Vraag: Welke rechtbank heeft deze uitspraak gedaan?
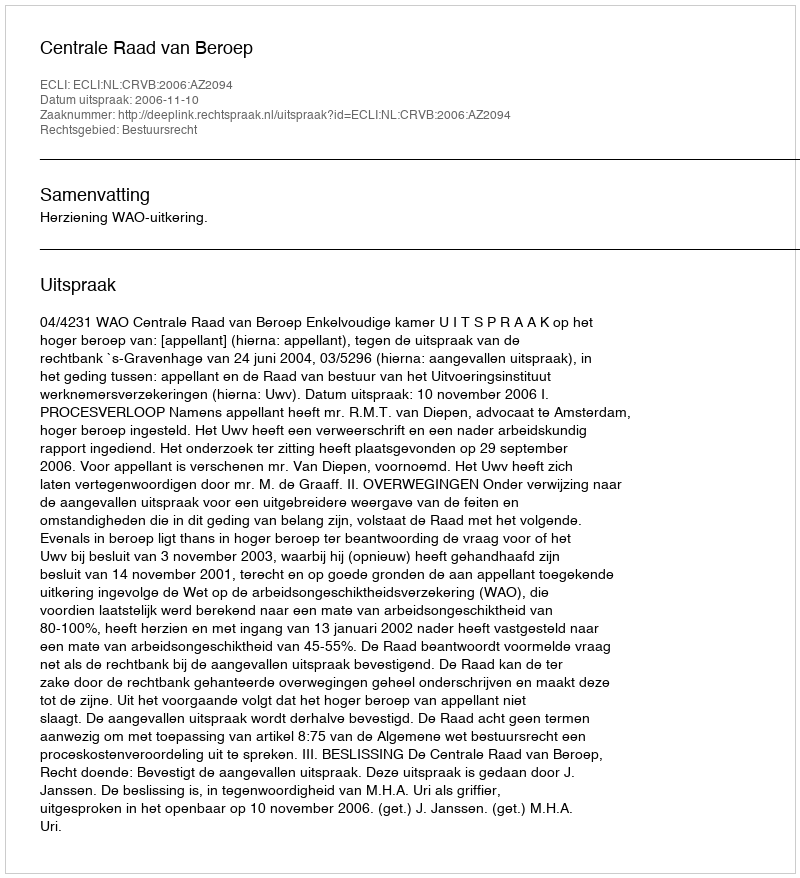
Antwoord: Centrale Raad van Beroep